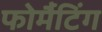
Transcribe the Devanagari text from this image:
फोर्मैटिंग